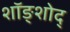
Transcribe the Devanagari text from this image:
शॉङ्शोद्